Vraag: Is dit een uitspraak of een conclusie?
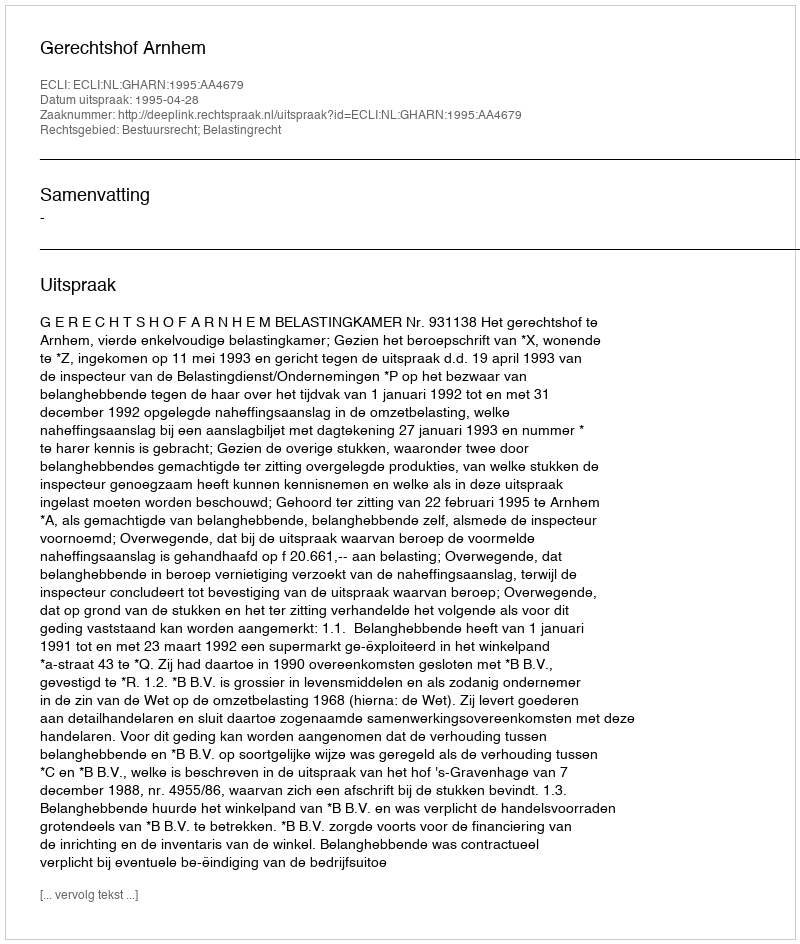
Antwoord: Uitspraak